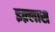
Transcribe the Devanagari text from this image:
इक़्लास